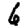
Digit: 6